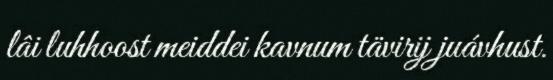
lâi luhhoost meiddei kavnum tävirij juávhust.